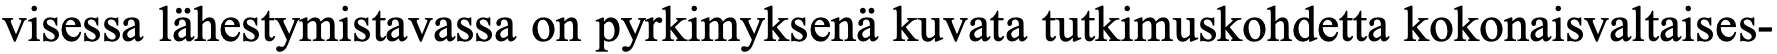
visessa lähestymistavassa on pyrkimyksenä kuvata tutkimuskohdetta kokonaisvaltaises-